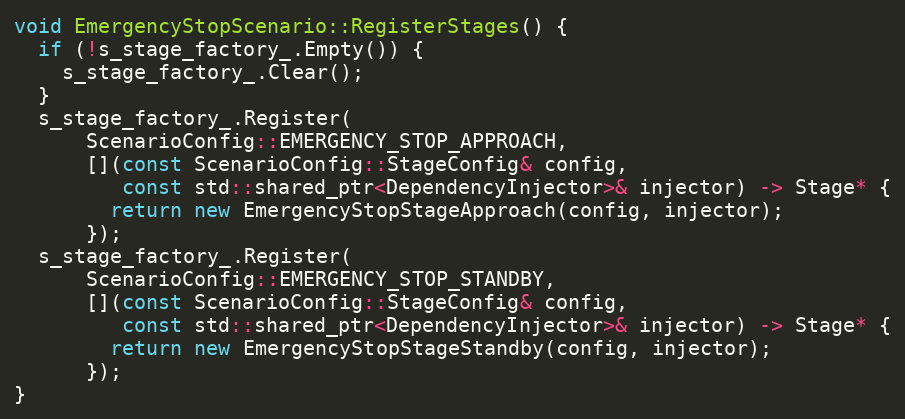
Language: C++
void EmergencyStopScenario::RegisterStages() {
  if (!s_stage_factory_.Empty()) {
    s_stage_factory_.Clear();
  }
  s_stage_factory_.Register(
      ScenarioConfig::EMERGENCY_STOP_APPROACH,
      [](const ScenarioConfig::StageConfig& config,
         const std::shared_ptr<DependencyInjector>& injector) -> Stage* {
        return new EmergencyStopStageApproach(config, injector);
      });
  s_stage_factory_.Register(
      ScenarioConfig::EMERGENCY_STOP_STANDBY,
      [](const ScenarioConfig::StageConfig& config,
         const std::shared_ptr<DependencyInjector>& injector) -> Stage* {
        return new EmergencyStopStageStandby(config, injector);
      });
}